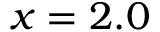
x = 2 . 0